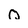
Character: Q